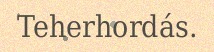
Teherhordás.